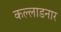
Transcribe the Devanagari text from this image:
कल्लाडनार